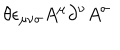
\theta \epsilon _ { \mu \nu \sigma } A ^ { \mu } \partial ^ { \nu } A ^ { \sigma }